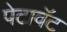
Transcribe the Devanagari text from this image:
पेटावॅट